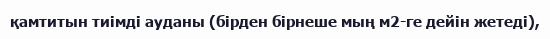
қамтитын тиімді ауданы (бірден бірнеше мың м2-ге дейін жетеді),